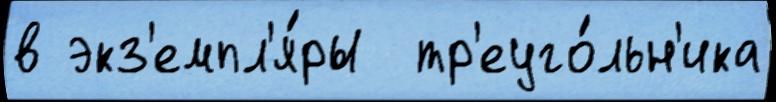
в экз'емпл'я́ры  тр'еуго́льн'ика